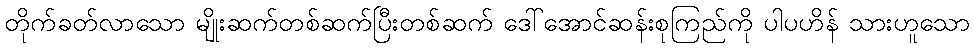
တိုက်ခတ်လာသော မျိုးဆက်တစ်ဆက်ပြီးတစ်ဆက် ဒေါ်အောင်ဆန်းစုကြည်ကို ပါပဟိန် သားဟူသော